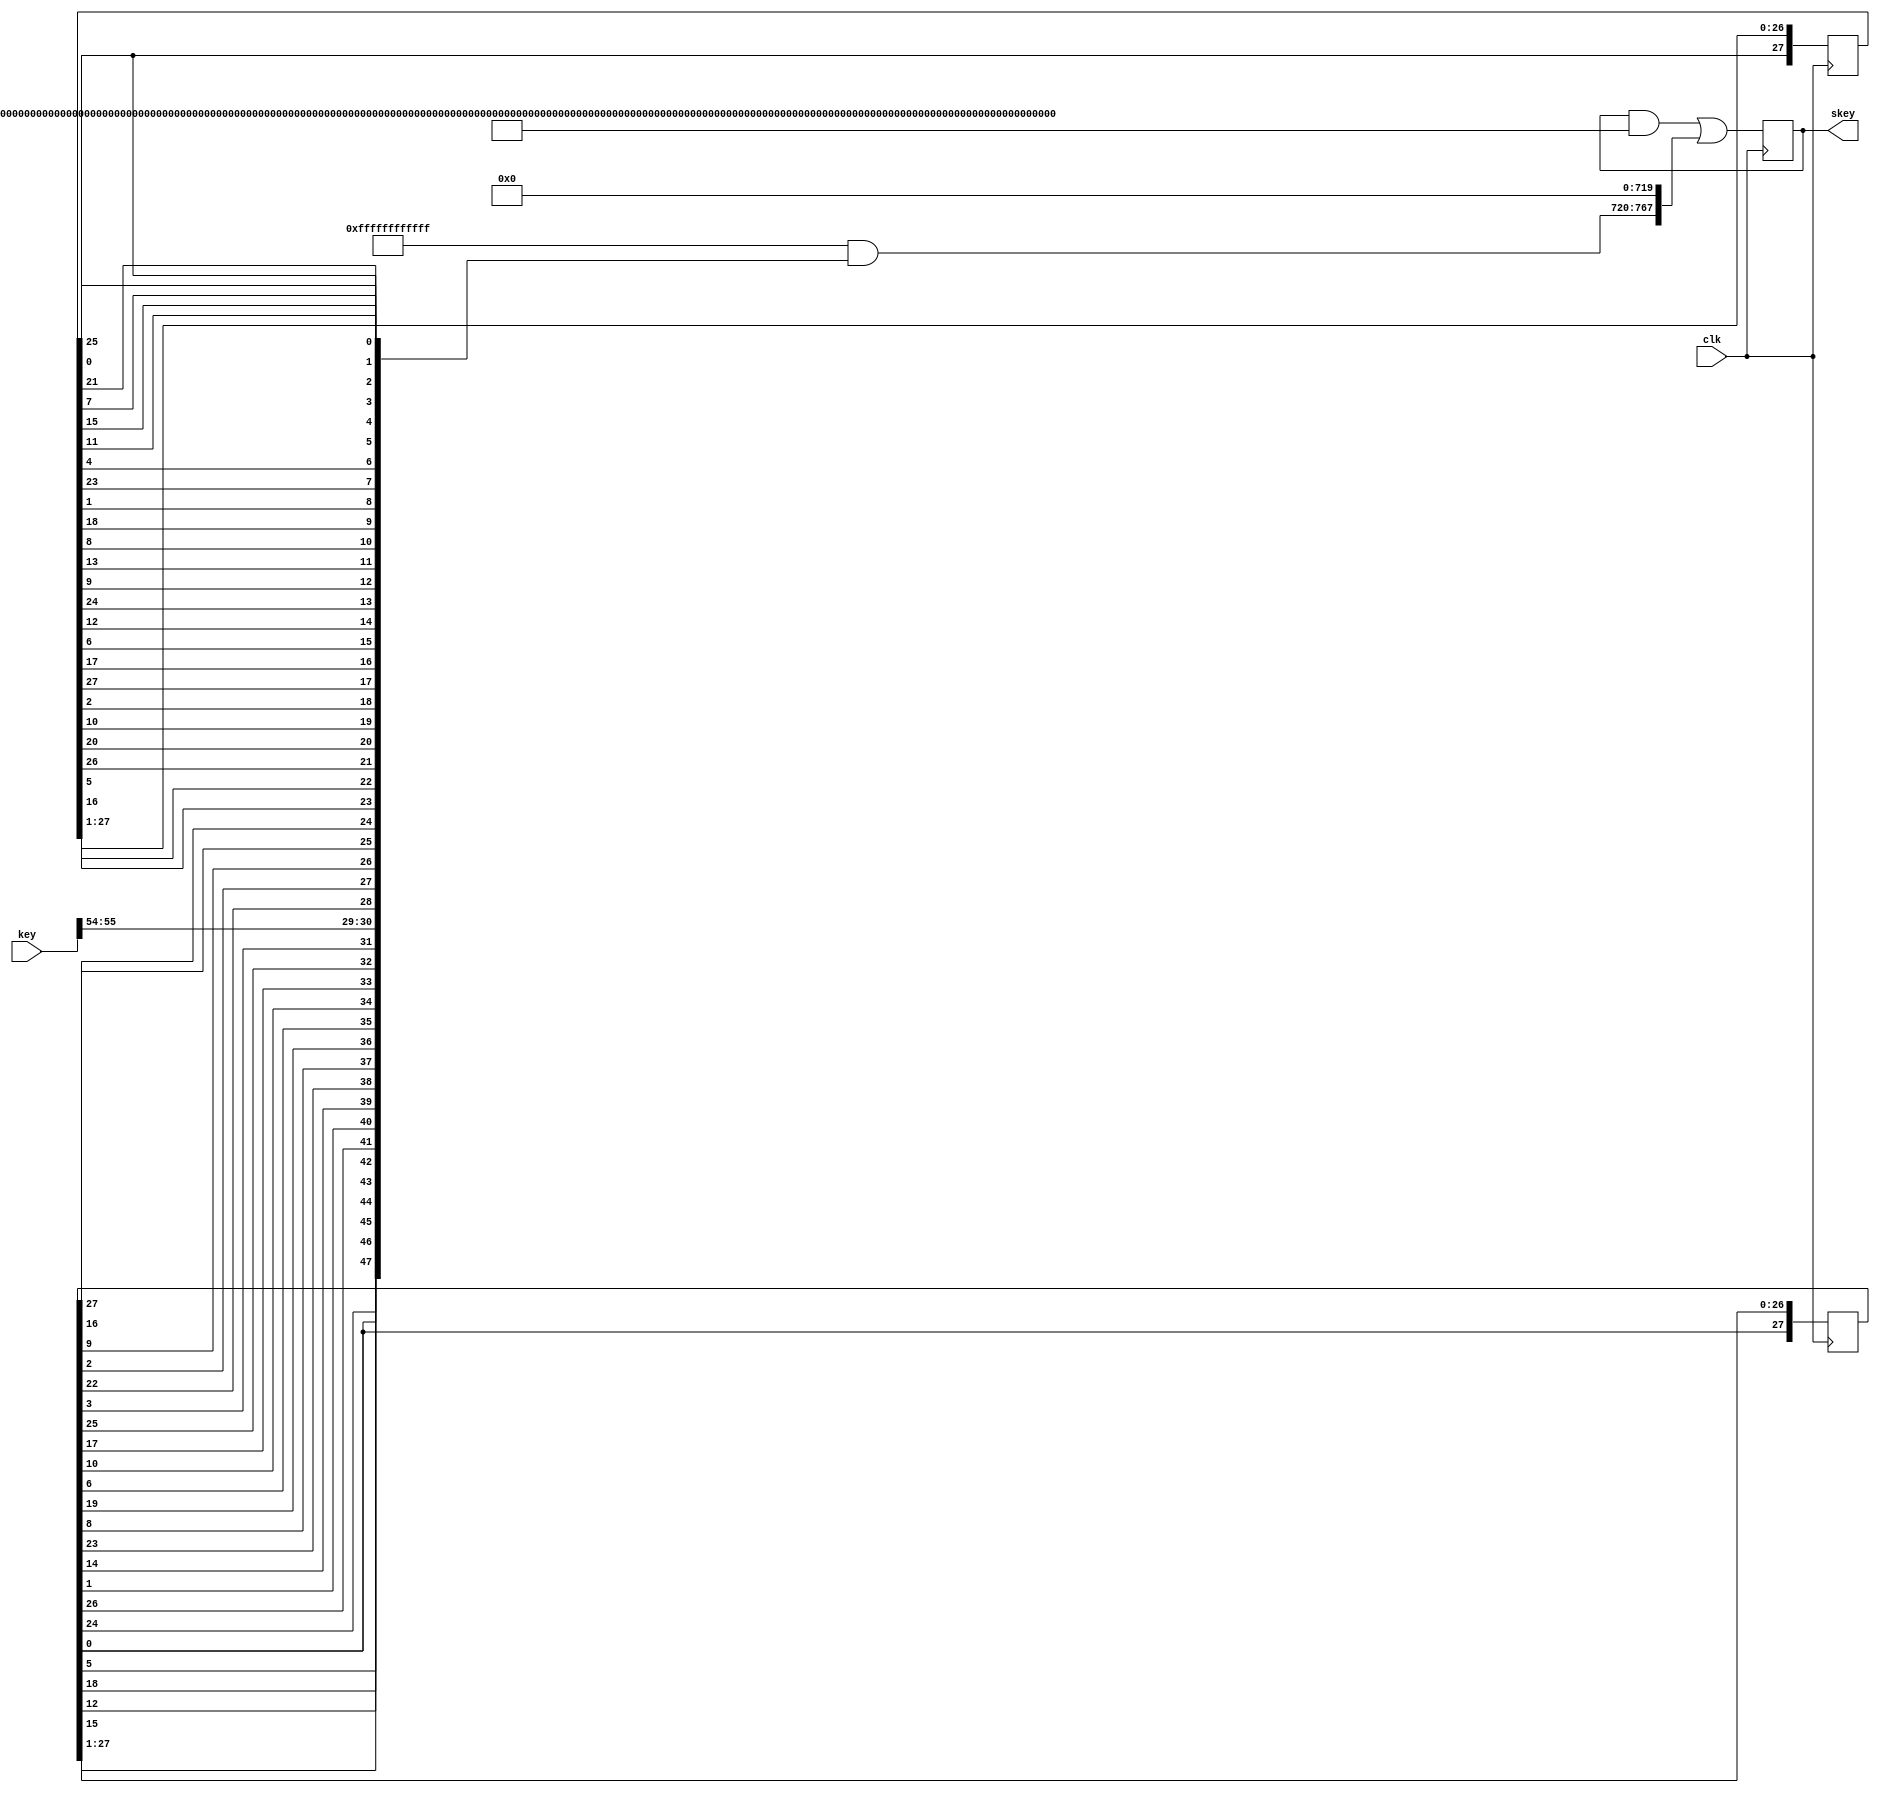
module subkey_generator(skey,key,clk);
  
  output [1:48*16]skey; 
  reg [1:48*16] skey;
  input [1:64]key;
  input clk;
  parameter [1:16]R={1'b1,1'b0,1'b0,1'b0,1'b0,1'b0,1'b0,1'b1,1'b0,1'b0,1'b0,1'b0,1'b0,1'b0,1'b1,1'b1};
  reg [1:56]pc1key;
  reg [1:28]C;
  reg [1:28]D;
  reg [1:56]CD;
  integer round_no;
  
  function [1:56]permutation_choice1;
    input [1:64]key;
    integer i;
    parameter [1:56*6]PC1 = {6'd57, 6'd49, 6'd41, 6'd33, 6'd25, 6'd17, 6'd9, 6'd1, 6'd58,6'd50,6'd42,6'd34,6'd26,6'd18,6'd10,6'd2,6'd59,6'd51,6'd43,6'd35,6'd27,6'd19,6'd11,6'd3,6'd60,6'd52,6'd44,6'd36,6'd63,6'd55,6'd47,6'd39,6'd31,6'd23,6'd15,6'd7,6'd62,6'd54,6'd46,6'd38,6'd30,6'd22,6'd14,6'd6,6'd61,6'd53,6'd45,6'd37,6'd29,6'd21,6'd13,6'd5,6'd28,6'd20,6'd12,6'd4};
    begin
      for(i=1;i<=56;i=i+1) begin
        permutation_choice1[i] = key[PC1[6*i -: 6]];
      end
    end
  endfunction
  
  function [1:28]right_circular_shift;
    input [1:28]Cin;
    input n;
   begin
     if(n==0) right_circular_shift = {Cin[27:28],Cin[1:26]};
     else if(n==1) right_circular_shift = {Cin[28],Cin[1:27]};
   end
  endfunction
  
  function [1:48]permutation_choice2;
    input [1:56]CD;
    integer i;
    parameter [1:48*6]PC2={6'd14,6'd17,6'd11,6'd24,6'd1,6'd5,6'd3,6'd28,6'd15,6'd6,6'd21,6'd10,6'd23,6'd19,6'd12,6'd4,6'd26, 6'd8,6'd16,6'd7,6'd27,6'd20,6'd13,6'd2,6'd41,6'd52,6'd31,6'd37,6'd47,6'd55,6'd30,6'd40,6'd51,6'd45,6'd33,6'd48,6'd44,6'd49,6'd39,6'd56,6'd34,6'd53,6'd46,6'd42,6'd50,6'd36,6'd29,6'd32};
     begin
       for(i=1;i<=48;i=i+1) begin
         permutation_choice2[i]=CD[PC2[6*i -: 6]];
       end
     end
  endfunction
  
  always @(key) begin
    pc1key = permutation_choice1(key);
    C = pc1key[1:28];
    D = pc1key[29:56];
    round_no=1;
  end 

   always @(posedge clk) begin
     if (round_no<=16) begin
      C = right_circular_shift(C,R[round_no]);
      D = right_circular_shift(D,R[round_no]);
      CD = {C,D};
      skey[48*round_no -: 48] = permutation_choice2(CD);
      round_no=round_no+1;
     end
   end
endmodule